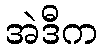
အဲဒီက